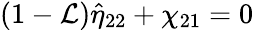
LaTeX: (1-\mathcal{L})\hat{\eta}_{22}+\chi_{21}=0